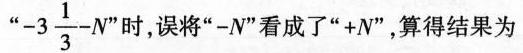
“ -3 \frac{1}{3}-N” 时，误将”-N”看成了”+N”，算得结果为